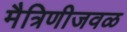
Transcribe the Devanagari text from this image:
मैत्रिणीजवळ